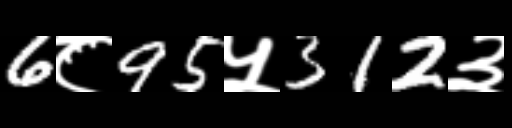
Text: 6८95५312३